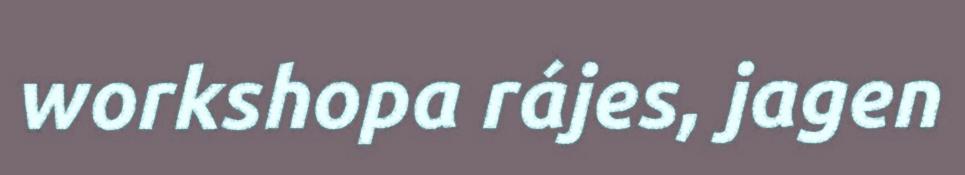
workshopa rájes, jagen